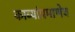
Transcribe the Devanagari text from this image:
काव्यांप्रमाणेच